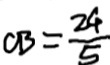
C B = \frac { 2 4 } { 5 }